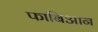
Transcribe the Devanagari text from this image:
फाबिआन